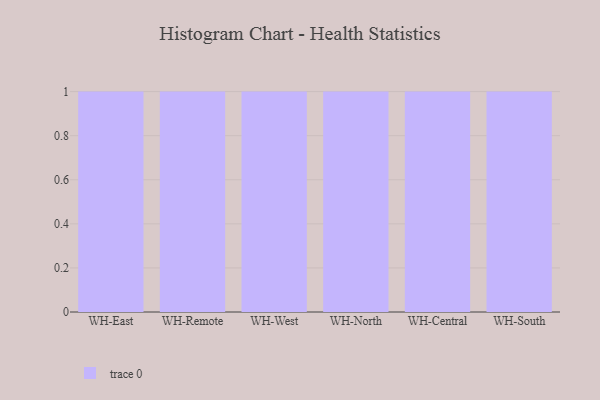
{"axis": {"x": "Warehouse", "y": "Temperature (°C)"}, "legend": [""], "data": [{"x": "WH-East", "y": 49, "type": ""}, {"x": "WH-Remote", "y": 99, "type": ""}, {"x": "WH-West", "y": 9, "type": ""}, {"x": "WH-North", "y": 57, "type": ""}, {"x": "WH-Central", "y": 61, "type": ""}, {"x": "WH-South", "y": 40, "type": ""}]}